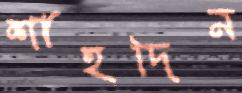
শাহদিন